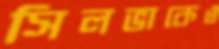
সিলভাকেও